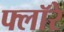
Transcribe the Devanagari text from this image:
फ्लॉरे